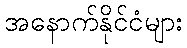
အနောက်နိုင်ငံများ